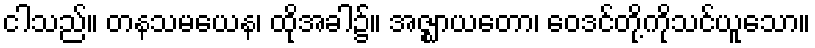
ငါသည်။ တနသမယေန၊ ထိုအခါ၌။ အဇ္ဈာယတော၊ ဝေဒင်တို့ကိုသင်ယူသော။